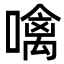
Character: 噙